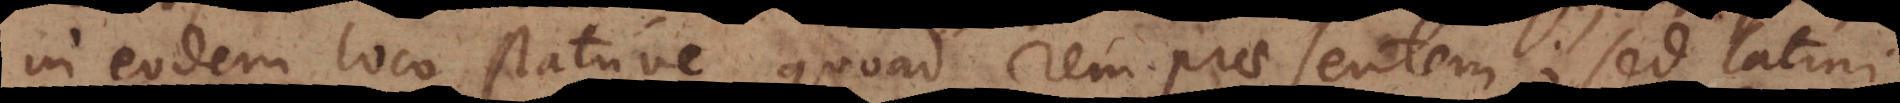
in eodem loco statuve quoad rem praesentem; sed Latini